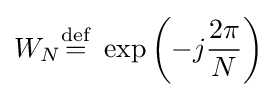
W_{N}{\stackrel {\text{def}}{=}}\ \exp \left(-j{\frac {2\pi }{N}}\right)